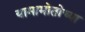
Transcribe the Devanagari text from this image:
यामामोतोच्या